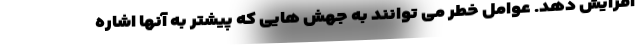
افزایش دهد. عوامل خطر می توانند به جهش هایی که پیشتر به آنها اشاره